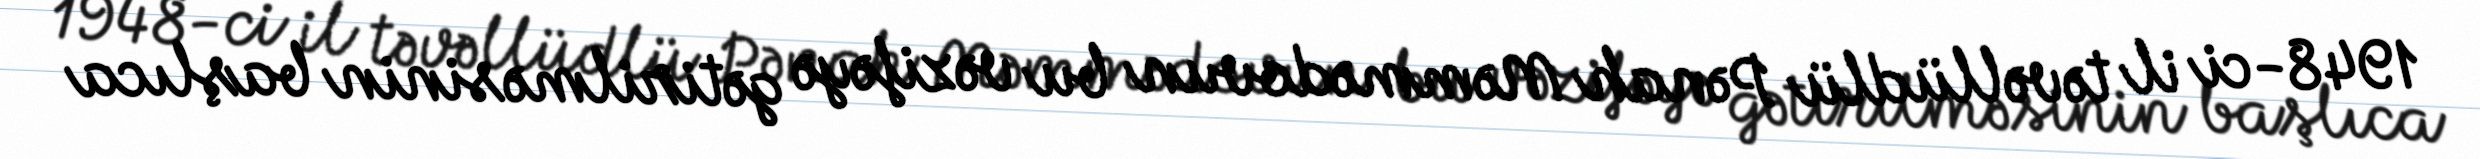
1948-ci il təvəllüdlü Pənah Məmmədovun bu vəzifəyə gətirilməsinin başlıca